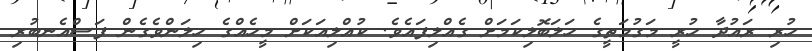
ހުރި ރައުދާ ހުރީ މަގުމަތީގެ ހަލަބޮލިކަމަށް ގެއްލިފައެވެ. ކުއްލިއަކަށް މީހެއްގެ ހިލަންވެގެން ފަސްއެނބުރި